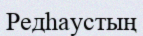
Редһаустың